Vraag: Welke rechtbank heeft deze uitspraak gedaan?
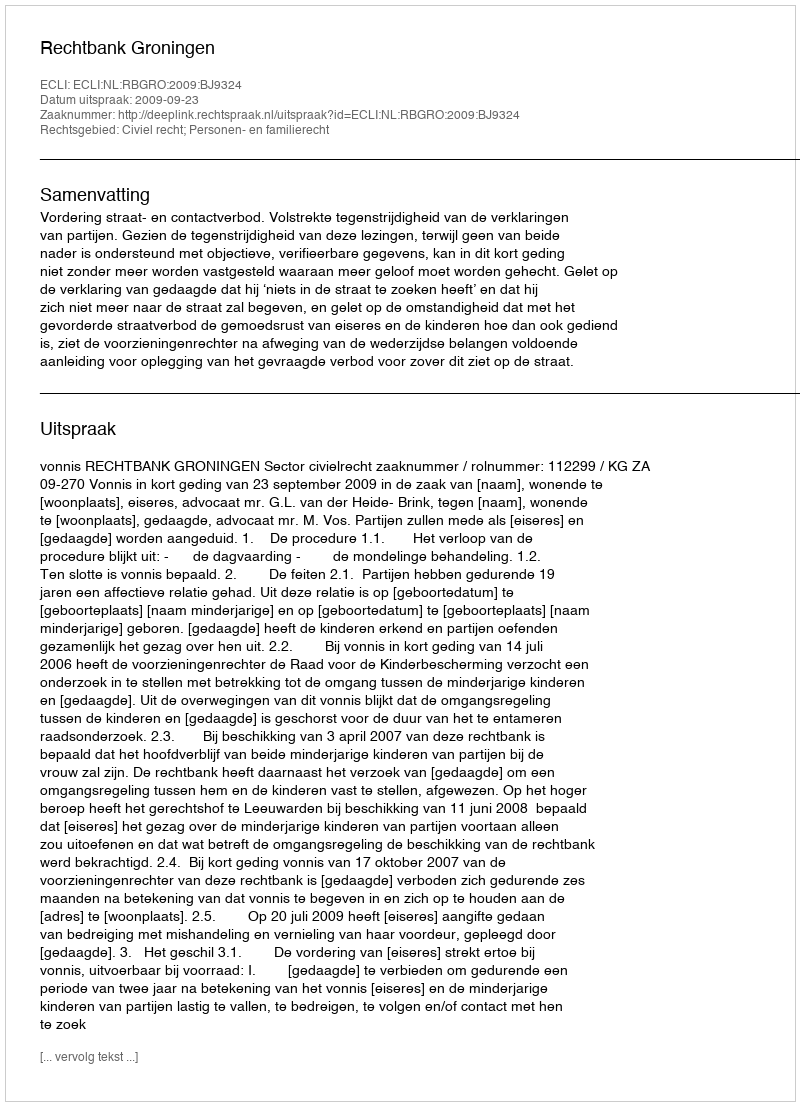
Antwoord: Rechtbank Groningen